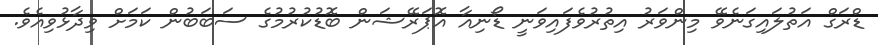
ޑްރަގް އަތުލައިގަނެވޭ މިންވަރު އިތުރުވެފައިވަނީ ޑޯނިއާ އޮޕަރޭޝަން ބޮޑުކުރުމުގެ ސަބަބުން ކަމަށް ވިދާޅުވިއެވެ.